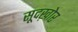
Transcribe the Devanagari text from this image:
सूदख़ोर